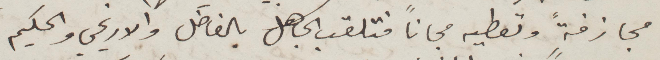
مجازفة وتعطيه مجانًا فتلقب الجاهل بالفاضل والاريحي والحكيم